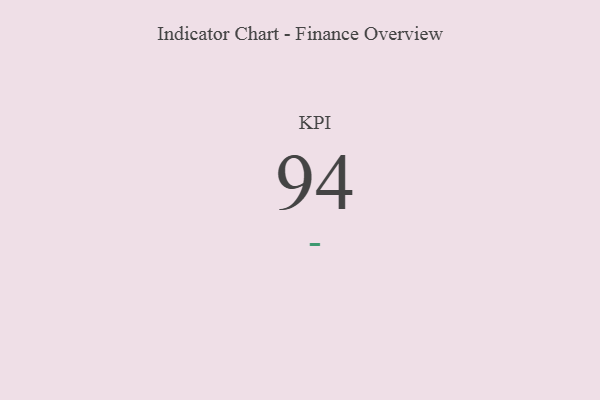
{"axis": {"x": "KPI", "y": "Value"}, "legend": [""], "data": [{"x": "KPI", "y": 94, "type": ""}]}